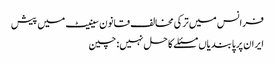
فرانس میں ترکی مخالف قانون سینیٹ میں پیش
ایران پر پابندیاں مسئلے کا حل نہیں: چین